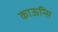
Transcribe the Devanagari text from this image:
काऊन्सि